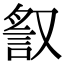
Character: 𧧙